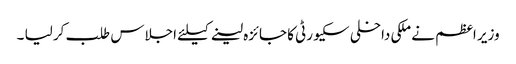
وزیر اعظم نے ملکی داخلی سکیورٹی کا جائزہ لینے کیلئے اجلاس طلب کر لیا ۔